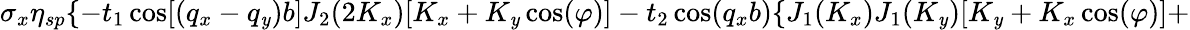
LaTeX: \sigma_{x}\eta_{sp}\{ -t_{1}\cos[(q_{x}-q_{\mathit{y}})b]J_{2}(2K_{x})[K_{x}+K_{\mathit{y}}\cos(\varphi)]-t_{2}\cos(q_{x}b)\{ J_{1}(K_{x})J_{1}(K_{\mathit{y}})[K_{\mathit{y}}+K_{x}\cos(\varphi)]+